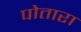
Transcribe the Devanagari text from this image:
पोतारा